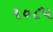
૧૦૮૫